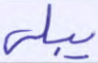
يبلى